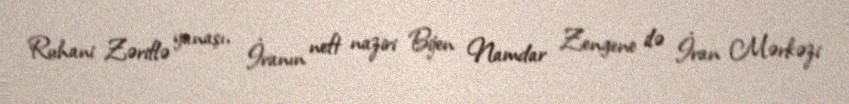
Ruhani Zəriflə yanaşı, İranın neft naziri Bijen Namdar Zengene ilə İran Mərkəzi